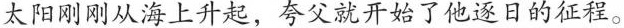
太阳刚刚从海上升起，夸父就开始了他逐日的征程。